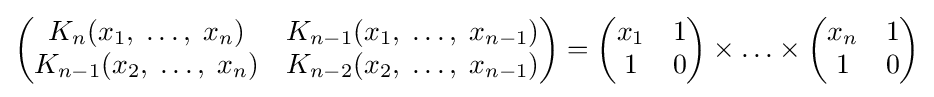
{\begin{pmatrix}K_{n}(x_{1},\;\ldots ,\;x_{n})&K_{n-1}(x_{1},\;\ldots ,\;x_{n-1})\\K_{n-1}(x_{2},\;\ldots ,\;x_{n})&K_{n-2}(x_{2},\;\ldots ,\;x_{n-1})\end{pmatrix}}={\begin{pmatrix}x_{1}&1\\1&0\end{pmatrix}}\times \ldots \times {\begin{pmatrix}x_{n}&1\\1&0\end{pmatrix}}